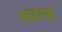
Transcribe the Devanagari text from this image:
काल्ड